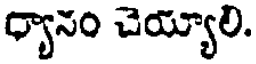
ధ్యానం చెయ్యాలి.